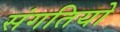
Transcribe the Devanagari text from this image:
संगतियो